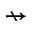
\nrightarrow